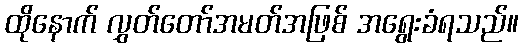
ထိုနောက် လွှတ်တော်အမတ်အဖြစ် အရွေးခံရသည်။